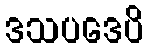
ဒသပဒေပိ